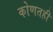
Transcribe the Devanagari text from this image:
कोणतही